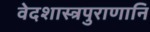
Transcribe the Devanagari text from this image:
वेदशास्त्रपुराणानि